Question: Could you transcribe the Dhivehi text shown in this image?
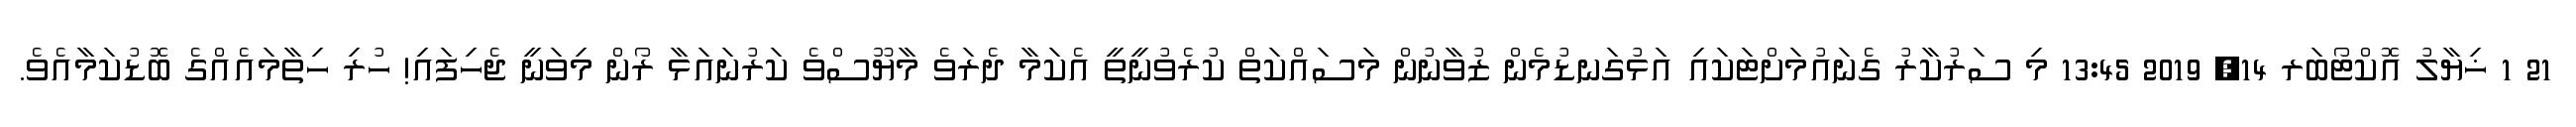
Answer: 21 1 ޚިޔާލު އޮކްޓޯބަރ 14, 2019 13:45 މި ސަރުކާރު ގެނައުމަށްޓަކައި އަޅުގަނޑުމެން ޒުވާނުން މަސައްކަތް ކުރެވުނީތީ އެކަމާ ދެރަވެ މާޔޫސްވެ ކަރުނައަޅާ ރޯން މިވަނީ ޖެހިފައި! ހުރި ހިތާމައެއްގެ ބޮޑުކަމާއެވެ.